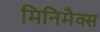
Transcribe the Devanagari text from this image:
मिनिमैक्स